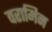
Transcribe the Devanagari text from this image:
वरामिन